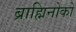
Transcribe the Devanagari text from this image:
ब्राह्मिनोको